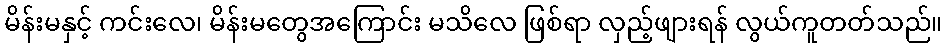
မိန်းမနှင့် ကင်းလေ၊ မိန်းမတွေအကြောင်း မသိလေ ဖြစ်ရာ လှည့်ဖျားရန် လွယ်ကူတတ်သည်။